Medical and sanitary report of the native army of Madras for the year
Year: 1878
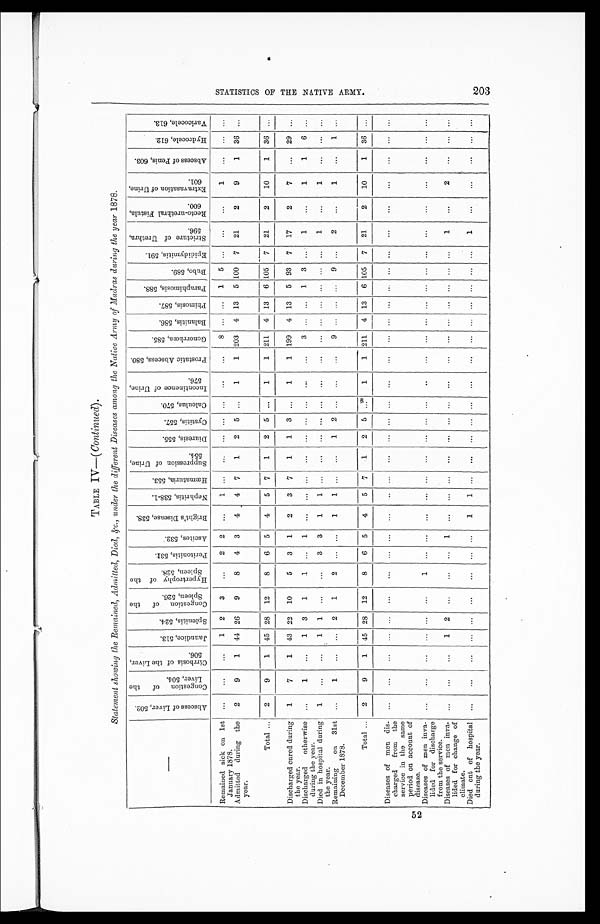
TABLE IV—( Continued).
Statement showing the Remained, Admitted, Died, &c.,, under the different Diseases among the Native Army of Madras during the year 1878.
A b s c e s s o f L i v e r , 5 0 2 .
C o n g e s t i o n o f t h e L i v e r , 5 0 4 .
C i r r h o s i s o f t h e L i v e r , 5 0 6 .
J a u n d i c e , 5 1 3 .
S p l e n i t i s , 5 2 4 .
C o n g e s t i o n o f t h e S p l e e n , 5 2 6 .
H y p e r t r o p h y o f t h e S p l e e n , 5 2 8 .
P e r i t o n i t i s , 5 3 1 .
A s c i t e s , 5 3 2 .
B r i g h t ' s D i s e a s e , 5 3 8 .
N e p h r i t i s , 5 3 8 - 1 .
H æ m a t u r i a , 5 5 3 .
S u p p r e s s i o n o f U r i n e , 5 5 4 .
D i u r e s i s , 5 5 5 .
C y s t i t i s , 5 5 7 .
C a l c u l u s , 5 7 0 .
I n c o n t i n e n c e o f U r i n e , 5 7 6 .
P r o s t a t i c A b c e s s , 5 8 0 .
G o n o r r h œ a , 5 8 5 .
Ba l a n i t i s , 5 8 6 .
P h i m o s i s , 5 8 7 .
P a r a p h i m o s i s , 5 8 8 .
B u b o , 5 8 9 .
E p i d i d y m i t i s , 5 9 1 .
S t r i c t u r e o f U r e t h r a , 5 9 6 .
R e c t o - u r e t h r a l F i s t u l a , 6 0 0 .
E x t r a v a s a t i o n o f U r i n e , 6 0 1 .
A b s c e s s o f P e n i s , 6 0 3 .
H y d r o c e l e , 6 1 2 .
V a r i c o c e l e , 6 1 3 .
Remained sick on 1st
January 1878.
. . .
. . .
. . .
1
2
3
. . .
2
2
. . .
1
. . .
. . . . . .
. . .
. . .
. . .
. . .
8
. . .
. . .
1
5
. . .
. . .
. . .
1
. . .
. . .
. . .
Admitted during the
year.
2
9
1
44
26
9
8
4
3
4
4
7
1
2
5
. . .
1
1
203
4
13
5 100
7
21
2
9
1
36
. . .
Total . . .
2
9
1
45
28
12
8
6
5
4
5
7
1
2
5
. . .
1
1
211
4
13
6 105
7
21
2
10
1
36
. . .
Discharged cured during
the year.
1
7
1
43
22
10
5
3
1
2
3
7
1
1
3
. . .
1
1
199
4
13
5
93
7
17
2
7
. . .
2 9 . . .
Discharged otherwise
during the year.
. . .
1
. . .
1
3
1
1
. . .
1
. . .
. . .
. . .
. . . . . .
. . .
. . .
. . .
. . .
3
. . .
. . .
1
3
. . .
1
. . .
1
1
6
. . .
Died in hospital during
the year.
1
. . .
. . .
1
1
. . .
. . .
3
3
1
1
. . .
. . . . . .
. . .
. . .
. . .
. . .
. . .
. . .
. . .
. . .
. . .
. . .
1
. . .
1
. . .
. . .
. . .
Remaining on 31st
December 1878.
. . .
1
. . .
. . .
2
1
2
. . .
. . .
1
1
. . .
. . .
1
2
. . .
. . .
. . .
9 . . .
. . .
. . .
9
. . .
2
. . .
1
. . .
1
. . .
Total . . .
2
9
1
45
28
12
8
6
5
4
5
7
1
2 5
. . .
1
1
211
4
13
6 105
7
21
2
10
1
36
. . .
Diseases of men dis-
charged from the
service in the same
period on account of
disease.
. . .
. . .
. . .
. . .
. . .
. . .
. . .
. . .
. . .
. . .
. . .
. . .
. . .
. . . . . .
. . .
. . .
. . .
. . .
. . .
. . .
. . .
. . .
. . .
. . .
. . .
. . .
. . .
. . .
. . .
Diseases of men inva-
lided for discharge
from the service.
. . .
. . .
. . .
. . .
. . .
. . .
1
. . .
. . .
. . .
. . .
. . .
. . .
. . .
. . .
. . .
. . .
. . .
. . .
. . .
. . .
. . .
. . .
. . .
. . .
. . .
. . .
. . .
. . .
. . .
Diseases of men inva-
lided for change of
climate.
. . .
. . .
. . .
1
2
. . .
. . .
. . .
1
. . .
. . .
. . .. . .
. . .
. . .
. . .. . .
. . .
. . .
. . .
. . .
. . .
. . .
. . .
1
. . .
2
. . .
. . .
. . .
Died out of
hospital
during the year.
. . .
. . .
. . .
. . .
. . .
. . .
. . .
. . .
. . .
1
1
. . .. . .
. . .
. . .
. . .. . .
. . .
. . .
. . .
. . .
. . .
. . .
. . .
1
. . .
. . .
. . .
. . .
. . .
S T A T I S T I C S O F T H E N A T I V E A R M Y . 2 0 3 .